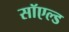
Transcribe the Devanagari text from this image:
सॉएल्ड